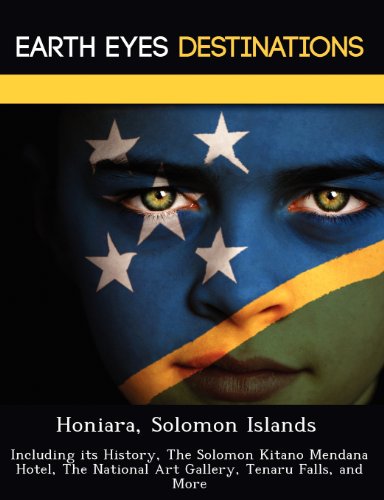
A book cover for Honiara, Solomon Islands: Including its History, The Solomon Kitano Mendana Hotel, The National Art Gallery, Tenaru Falls, and More; Sam Night; Travel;